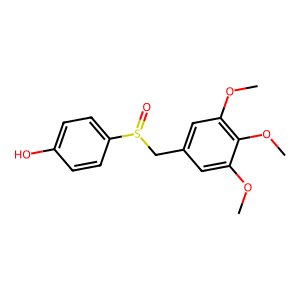
SMILES: COc1cc(CS(=O)c2ccc(O)cc2)cc(OC)c1OC
Inhibits HIV replication: No